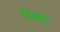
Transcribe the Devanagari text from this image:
निबह